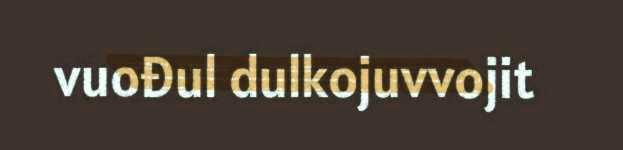
vuođul dulkojuvvojit